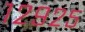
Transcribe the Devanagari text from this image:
१२९२५